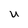
Character: U